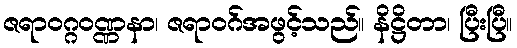
ဇရာဝဂ္ဂဝဏ္ဏနာ၊ ဇရာဝဂ်အဖွင့်သည်။ နိဋ္ဌိတာ၊ ပြီးပြီ။